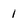
Character: 1